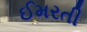
ઈમરતી